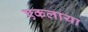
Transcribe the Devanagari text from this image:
एकलाया